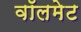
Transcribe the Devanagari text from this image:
वॉलमेट